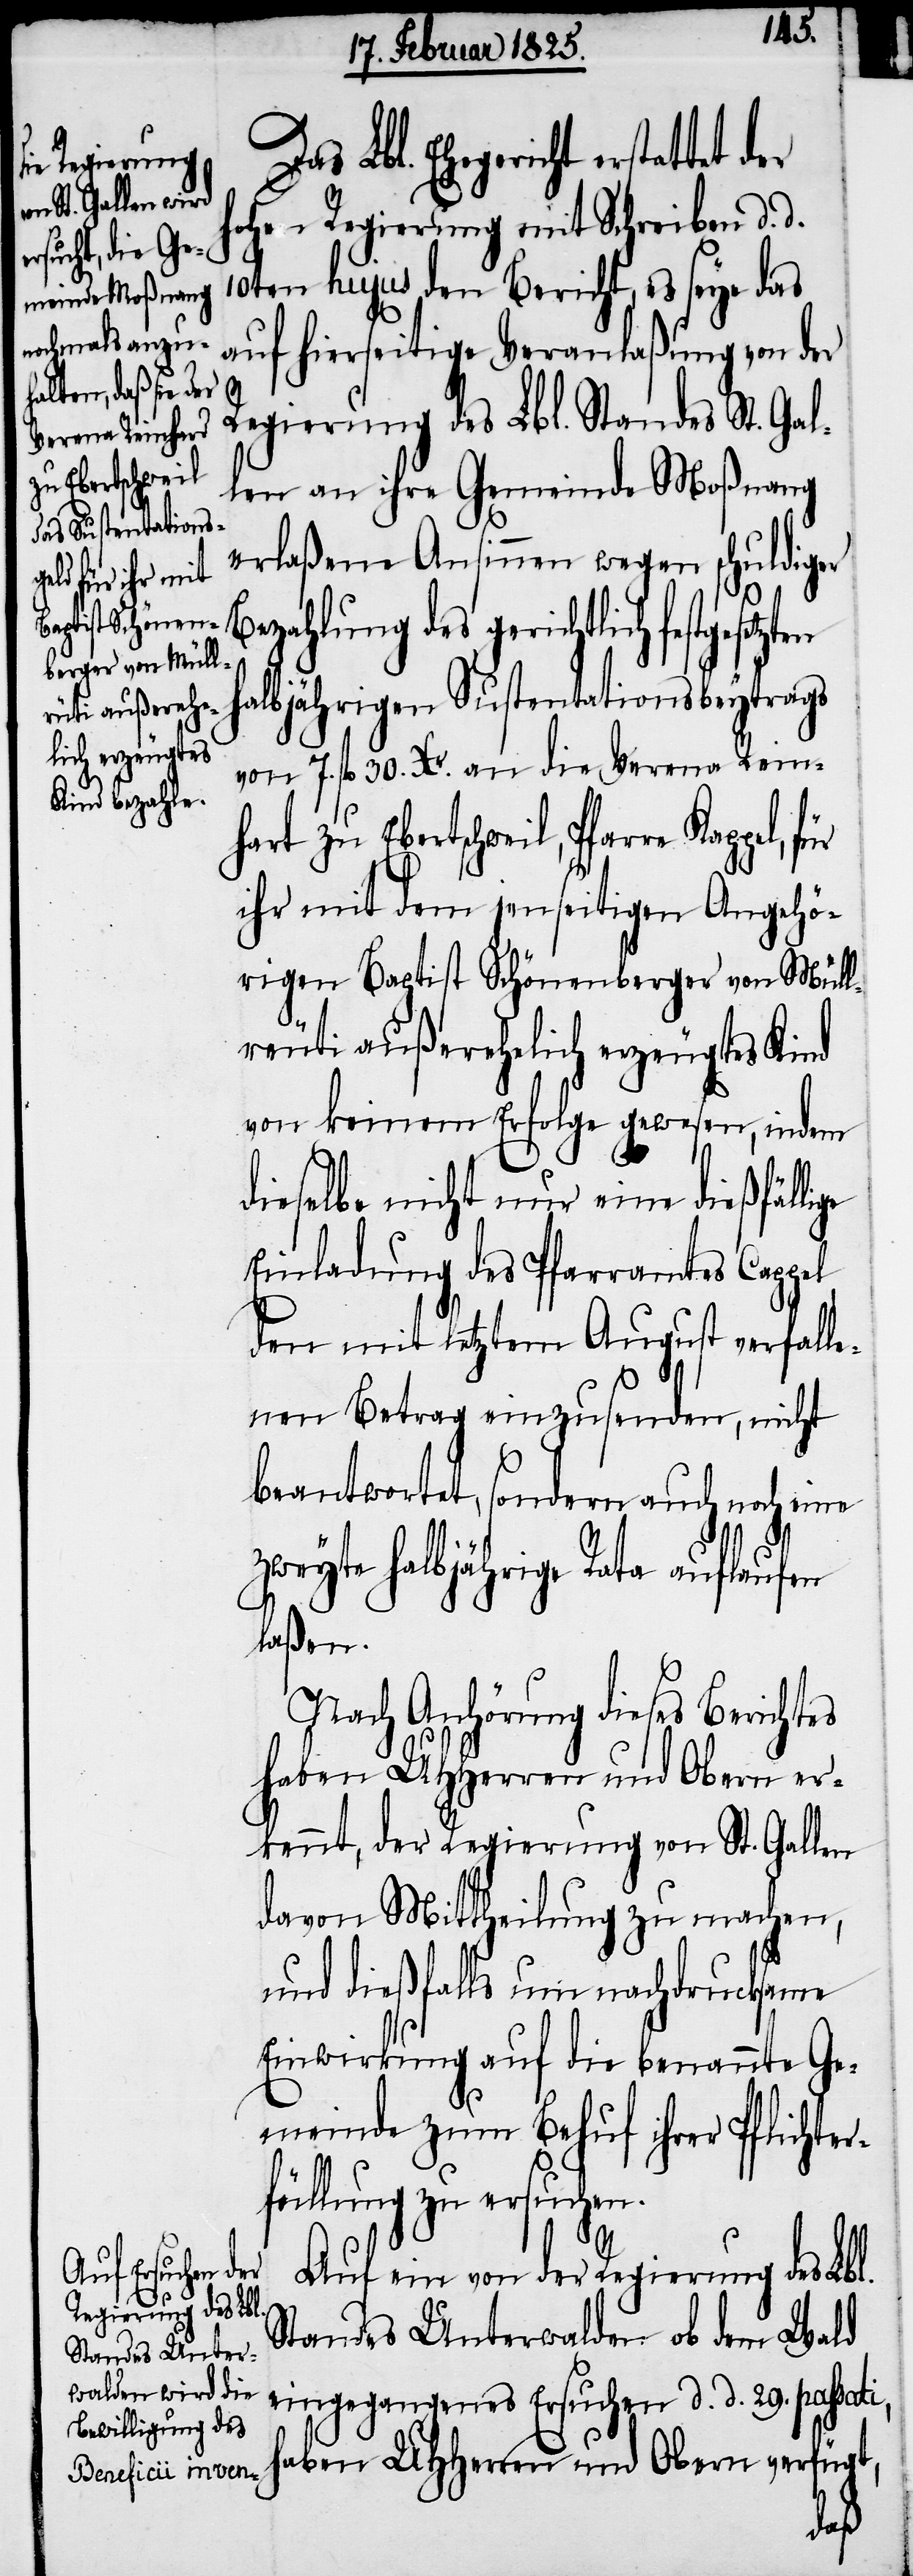
zu Ebertschweil,
setzten
h¬

Lbl. Ehegericht erstattet der
hohen Regierung mit Schreiben d. d.
10ten hujus den Bericht, es seye das
auf hierseitige Veranlaßung von der
ge
Regierung des Lbl. Standes St. Gal¬
len an ihre Gemeinde Moßnang
erlaßene Ansinnen wegen schuldiger
Bezahlung des gerichtlich festge¬
albjährigen Sustentationsbeytrags
von 7. fl 30. Xr. an die Verena Rein¬
ihr mit dem jenseitigen Angehö¬
rigen Baptist Schönenberger von Müll¬
reuti außerehelich erzeugtes Kind
von keinem Erfolge gewesen, indem
dieselbe nicht nur eine dießfälli¬
Einladung des Pfarramtes Cappel,
den mit letztem August verfalle¬
nen Betrag einzusenden, nicht
beantwortet, sondern auch noch eine
zweyte halbjährige Rata auflaufen
laßen.
Nach Anhörung dieses Berichtes
haben UHHerren und Obern er¬
kennt, der Regierung von St. Gallen
davon Mittheilung zu machen,
und dießfalls um nachdrucksame
Einwirkung auf die benannte Ge¬
meinde zum Behuf ihrer Pflichter¬
füllung zu ersuchen.
Auf ein von der Regierung des Lbl.
Standes Unterwalden ob dem Wald
eingegangenes Ersuchen d. d. 29. pass¬
haben UHHerren und Obern verfügt,
ati,